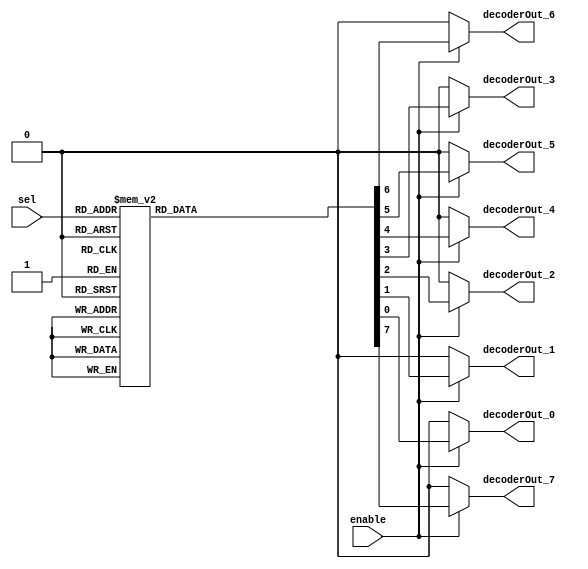
// This program was cloned from: https://github.com/RonnyA/nd-120
// License: MIT License

/******************************************************************************
 **                                                                          **
 ** Component : Decoder_8                                                    **
 **                                                                          **
 *****************************************************************************/

module Decoder_8 (
    input enable,
    input [2:0] sel,
    output reg decoderOut_0,
    output reg decoderOut_1,
    output reg decoderOut_2,
    output reg decoderOut_3,
    output reg decoderOut_4,
    output reg decoderOut_5,
    output reg decoderOut_6,
    output reg decoderOut_7
);

    // Combinational logic for the 8-output decoder
    always @(*) begin
        if (enable) begin
            case (sel)
                3'b000: {decoderOut_7, decoderOut_6, decoderOut_5, decoderOut_4, decoderOut_3, decoderOut_2, decoderOut_1, decoderOut_0} = 8'b00000001;
                3'b001: {decoderOut_7, decoderOut_6, decoderOut_5, decoderOut_4, decoderOut_3, decoderOut_2, decoderOut_1, decoderOut_0} = 8'b00000010;
                3'b010: {decoderOut_7, decoderOut_6, decoderOut_5, decoderOut_4, decoderOut_3, decoderOut_2, decoderOut_1, decoderOut_0} = 8'b00000100;
                3'b011: {decoderOut_7, decoderOut_6, decoderOut_5, decoderOut_4, decoderOut_3, decoderOut_2, decoderOut_1, decoderOut_0} = 8'b00001000;
                3'b100: {decoderOut_7, decoderOut_6, decoderOut_5, decoderOut_4, decoderOut_3, decoderOut_2, decoderOut_1, decoderOut_0} = 8'b00010000;
                3'b101: {decoderOut_7, decoderOut_6, decoderOut_5, decoderOut_4, decoderOut_3, decoderOut_2, decoderOut_1, decoderOut_0} = 8'b00100000;
                3'b110: {decoderOut_7, decoderOut_6, decoderOut_5, decoderOut_4, decoderOut_3, decoderOut_2, decoderOut_1, decoderOut_0} = 8'b01000000;
                3'b111: {decoderOut_7, decoderOut_6, decoderOut_5, decoderOut_4, decoderOut_3, decoderOut_2, decoderOut_1, decoderOut_0} = 8'b10000000;
                default: {decoderOut_7, decoderOut_6, decoderOut_5, decoderOut_4, decoderOut_3, decoderOut_2, decoderOut_1, decoderOut_0} = 8'b00000000;
            endcase
        end else begin
            {decoderOut_7, decoderOut_6, decoderOut_5, decoderOut_4, decoderOut_3, decoderOut_2, decoderOut_1, decoderOut_0} = 8'b00000000;
        end
    end

endmodule